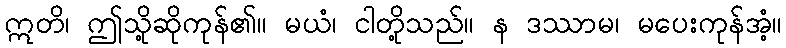
ဣတိ၊ ဤသို့ဆိုကုန်၏။ မယံ၊ ငါတို့သည်။ န ဒဿာမ၊ မပေးကုန်အံ့။